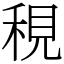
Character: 䅐